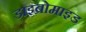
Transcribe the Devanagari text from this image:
डाइब्रोमाइड